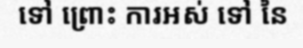
ទៅ ព្រោះ ការអស់ ទៅ នៃ